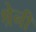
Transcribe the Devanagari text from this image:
श्रेनी